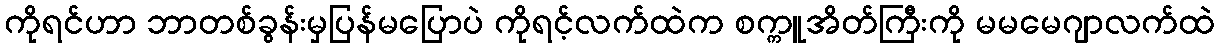
ကိုရင်ဟာ ဘာတစ်ခွန်းမှပြန်မပြောပဲ ကိုရင့်လက်ထဲက စက္ကူအိတ်ကြီးကို မမမေဂျာလက်ထဲ